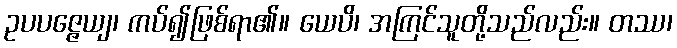
ဥပပဇ္ဇေယျ၊ ကပ်၍ဖြစ်ရာ၏။ ယေပိ၊ အကြင်သူတို့သည်လည်း။ တဿ၊